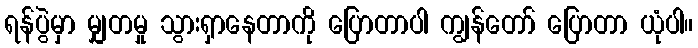
ရန်ပွဲမှာ မျှတမှု သွားရှာနေတာကို ပြောတာပါ ကျွန်တော် ပြောတာ ယုံပါ။